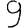
Digit: 9